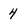
Character: 4